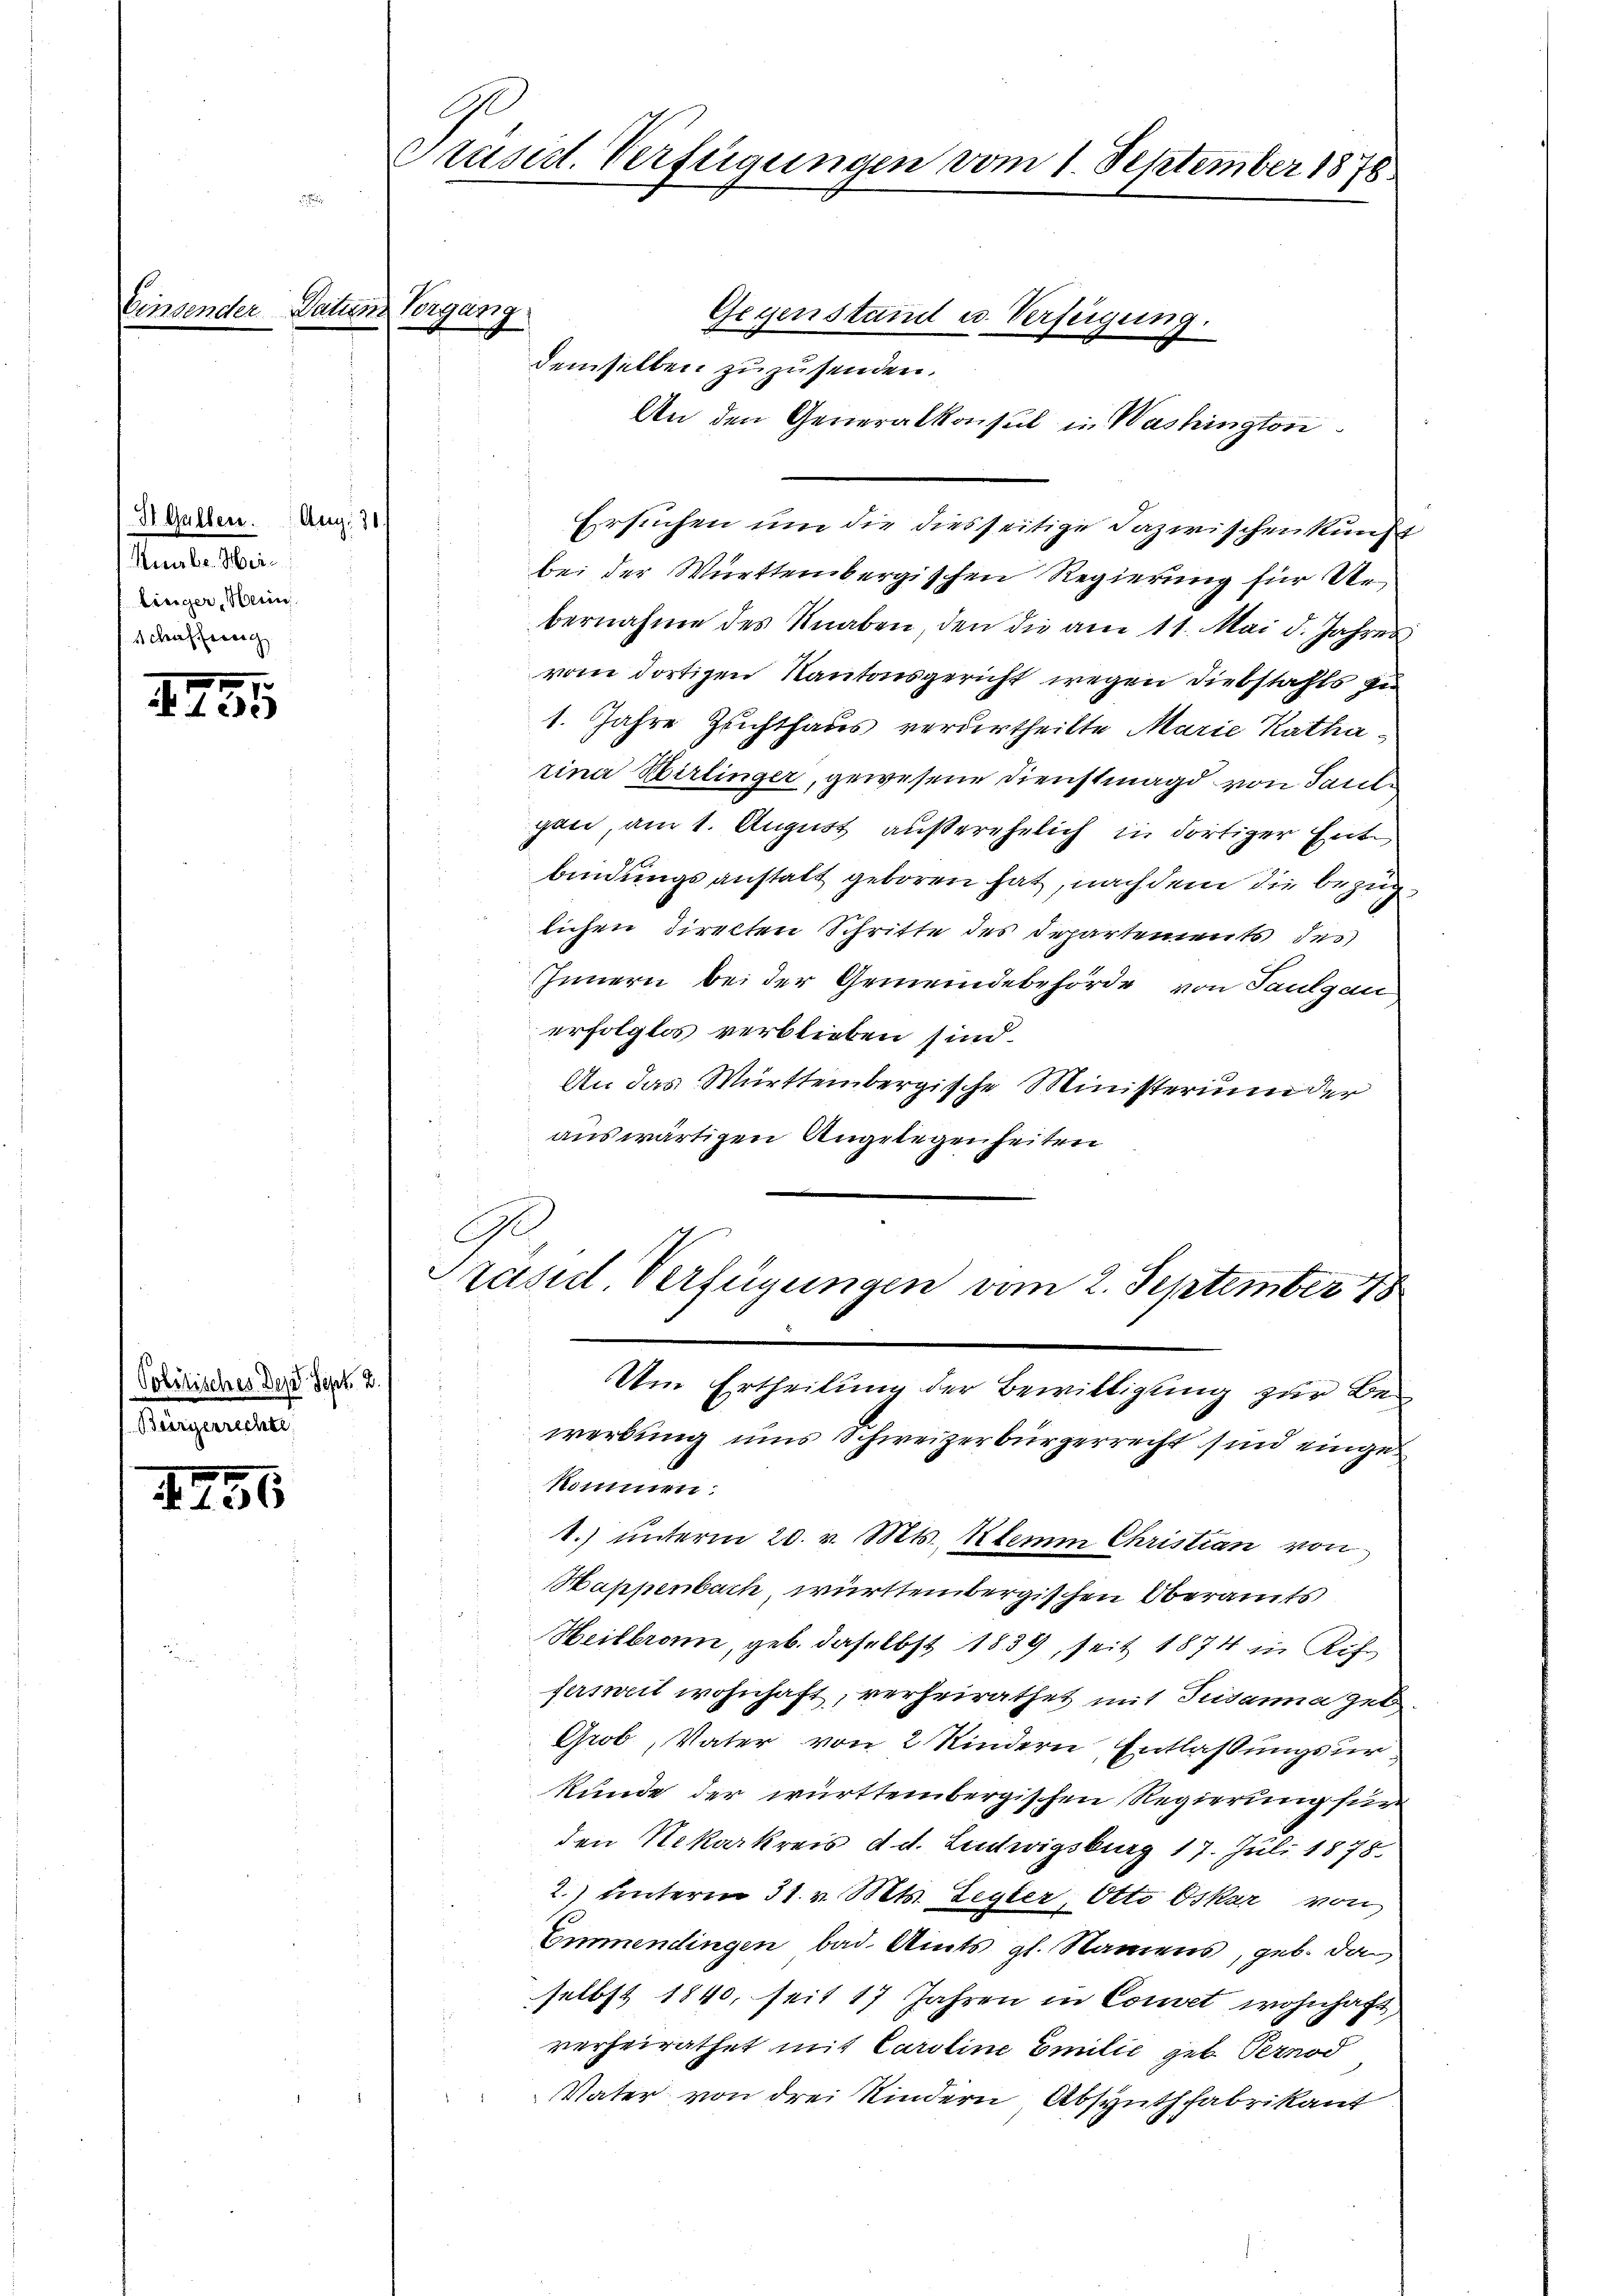
Einsender Patien Vergang

II5

H Gallen. Aug. 30.
Kube. Her
linger, Herin
Schaffereich

1756

Politisches der Sept 2.
Bürgerrechte

Präsid. Verfügungen vom 1. September 1876

demselben zuzusenden.
An den Generalkonsul in Washington
Ersuchen um die diesseitige Dazwischenkunft
bei der Württembergischen Regierung für Unbernahme des Knaben, den die am 11. Mai d. Jahres
vom dortigen Kantonsgericht wegen Diebstahls zu
1. Jahre Zuchthaus verurtheilte Marie Katharina Hirlinger, gewesene Dienstmagd von Saule
gen, am 1. August außerehelich in dortiger Entbindungsanstatt geboren hat, nach dem die bezüglichen Direkten Schritte des Departements des
IInnern bei der Gemeindebehörde von Paulgau
erfolglos verblieben sind.
An das Württembergische Ministerium der
auswärtigen Angelegenheiten
Ge
Präsel. Verfügungen vom 2. September 178
Um Ertheilung der Bewilligung zur Be-
werbung uns Schweizerbürgerrecht sind eingekommen:
1.) unterm 20. v. Mts. Klemm Christian von
Happenbach, württembergischen Oberamts
Heilbronn, geb. daselbst 1839, seit 1874 in Rich
fersweil wohnhaft, verheirathet mit Pudamma geb.
Grob, Vater von 2 Kindern Entlassungsur
kunde der württembergischen Regierung für
den Nekarkreis d. d. Ludwigsburg 17. Juli 1878.
2.) Unterm 31. v. Mts. Legler, Otto Oskar von
Emmendingen bad. Amts gl. Namens, geb. da
selbst 1840, seit 17 Jahren in Comet wohnhaft,
verheirathet mit Caroline Emilie geb. Pernod
Vater von drei Kindern Absynthfabrikant

Gegenstand u. Verfügung.